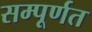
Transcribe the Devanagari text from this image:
सम्पूर्णत